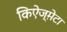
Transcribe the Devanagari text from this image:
किऐज्म़ेटा